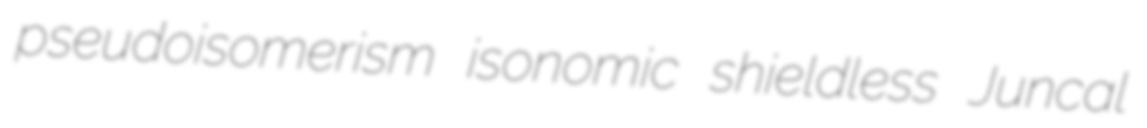
pseudoisomerism isonomic shieldless Juncal